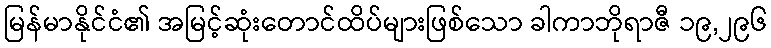
မြန်မာနိုင်ငံ၏ အမြင့်ဆုံးတောင်ထိပ်များဖြစ်သော ခါကာဘိုရာဇီ ၁၉,၂၉၆